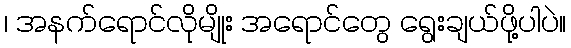
၊ အနက်ရောင်လိုမျိုး အရောင်တွေ ရွေးချယ်ဖို့ပါပဲ။